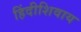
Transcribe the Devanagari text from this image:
हिंदीशिवाय